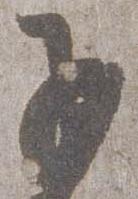
子